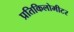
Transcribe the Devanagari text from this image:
प्रतिकिलोमीटर